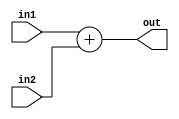
module add
#(
	parameter WIDTH = 32
)

(
input [WIDTH-1:0] in1,
input [WIDTH-1:0] in2,
output reg [WIDTH-1:0] out
);

always@*
begin
	out = in1 + in2;
end

endmodule